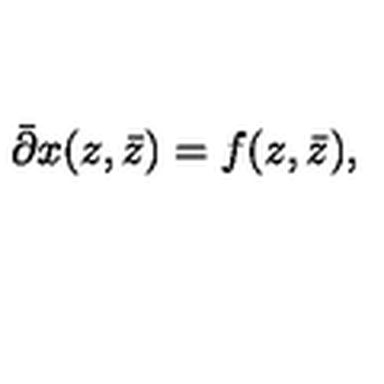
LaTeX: \bar { \partial } x ( z , \bar { z } ) = f ( z , \bar { z } ) ,